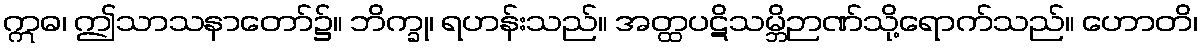
ဣဓ၊ ဤသာသနာတော်၌။ ဘိက္ခု၊ ရဟန်းသည်။ အတ္ထပဋိသမ္ဘိဉာဏ်သို့ရောက်သည်။ ဟောတိ၊